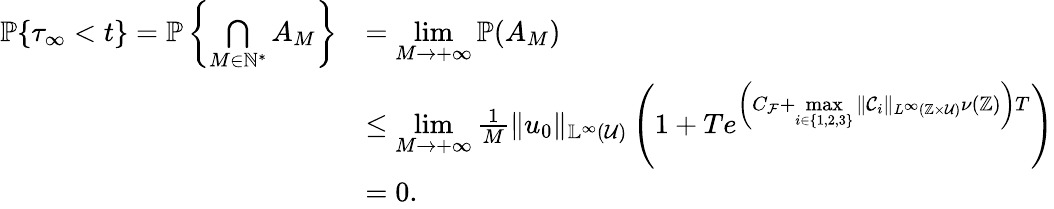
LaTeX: \begin{array}{rl}{\mathbb{P}\{ \tau_{\infty}<t\} =\mathbb{P}\left\{ \underset{M\in\mathbb{N}^{*}}{\bigcap}A_{M}\right\} }&{=\underset{M\rightarrow+\infty}{\operatorname*{lim}}\mathbb{P}(A_{M})}\\ &{\leq\underset{M\rightarrow+\infty}{\operatorname*{lim}}\frac{1}{M}\Vert u_{0}\Vert_{\mathbb{L^{\infty}}(\mathcal{U})}\left(1+Te^{\left(C_{\mathcal{F}}+\underset{i\in\{ 1,2,3\} }{\operatorname*{max}}\Vert\mathcal{C}_{i}\Vert_{L^{\infty}(\mathbb{Z}\times\mathcal{U})}\nu(\mathbb{Z})\right)T}\right)}\\ &{=0.}\end{array}